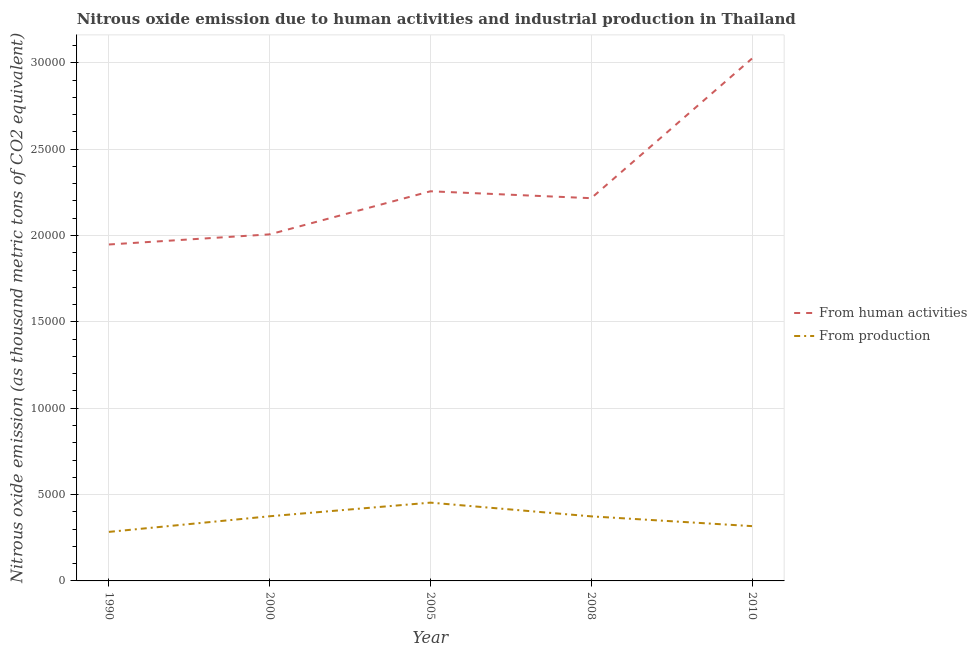
| Year | From human activities | From production |
 | --- | --- | --- |
 | 1990 | 1.95e+04 | 2.84e+03 |
 | 2000 | 2.01e+04 | 3.74e+03 |
 | 2005 | 2.26e+04 | 4.53e+03 |
 | 2008 | 2.22e+04 | 3.74e+03 |
 | 2010 | 3.02e+04 | 3.17e+03 |